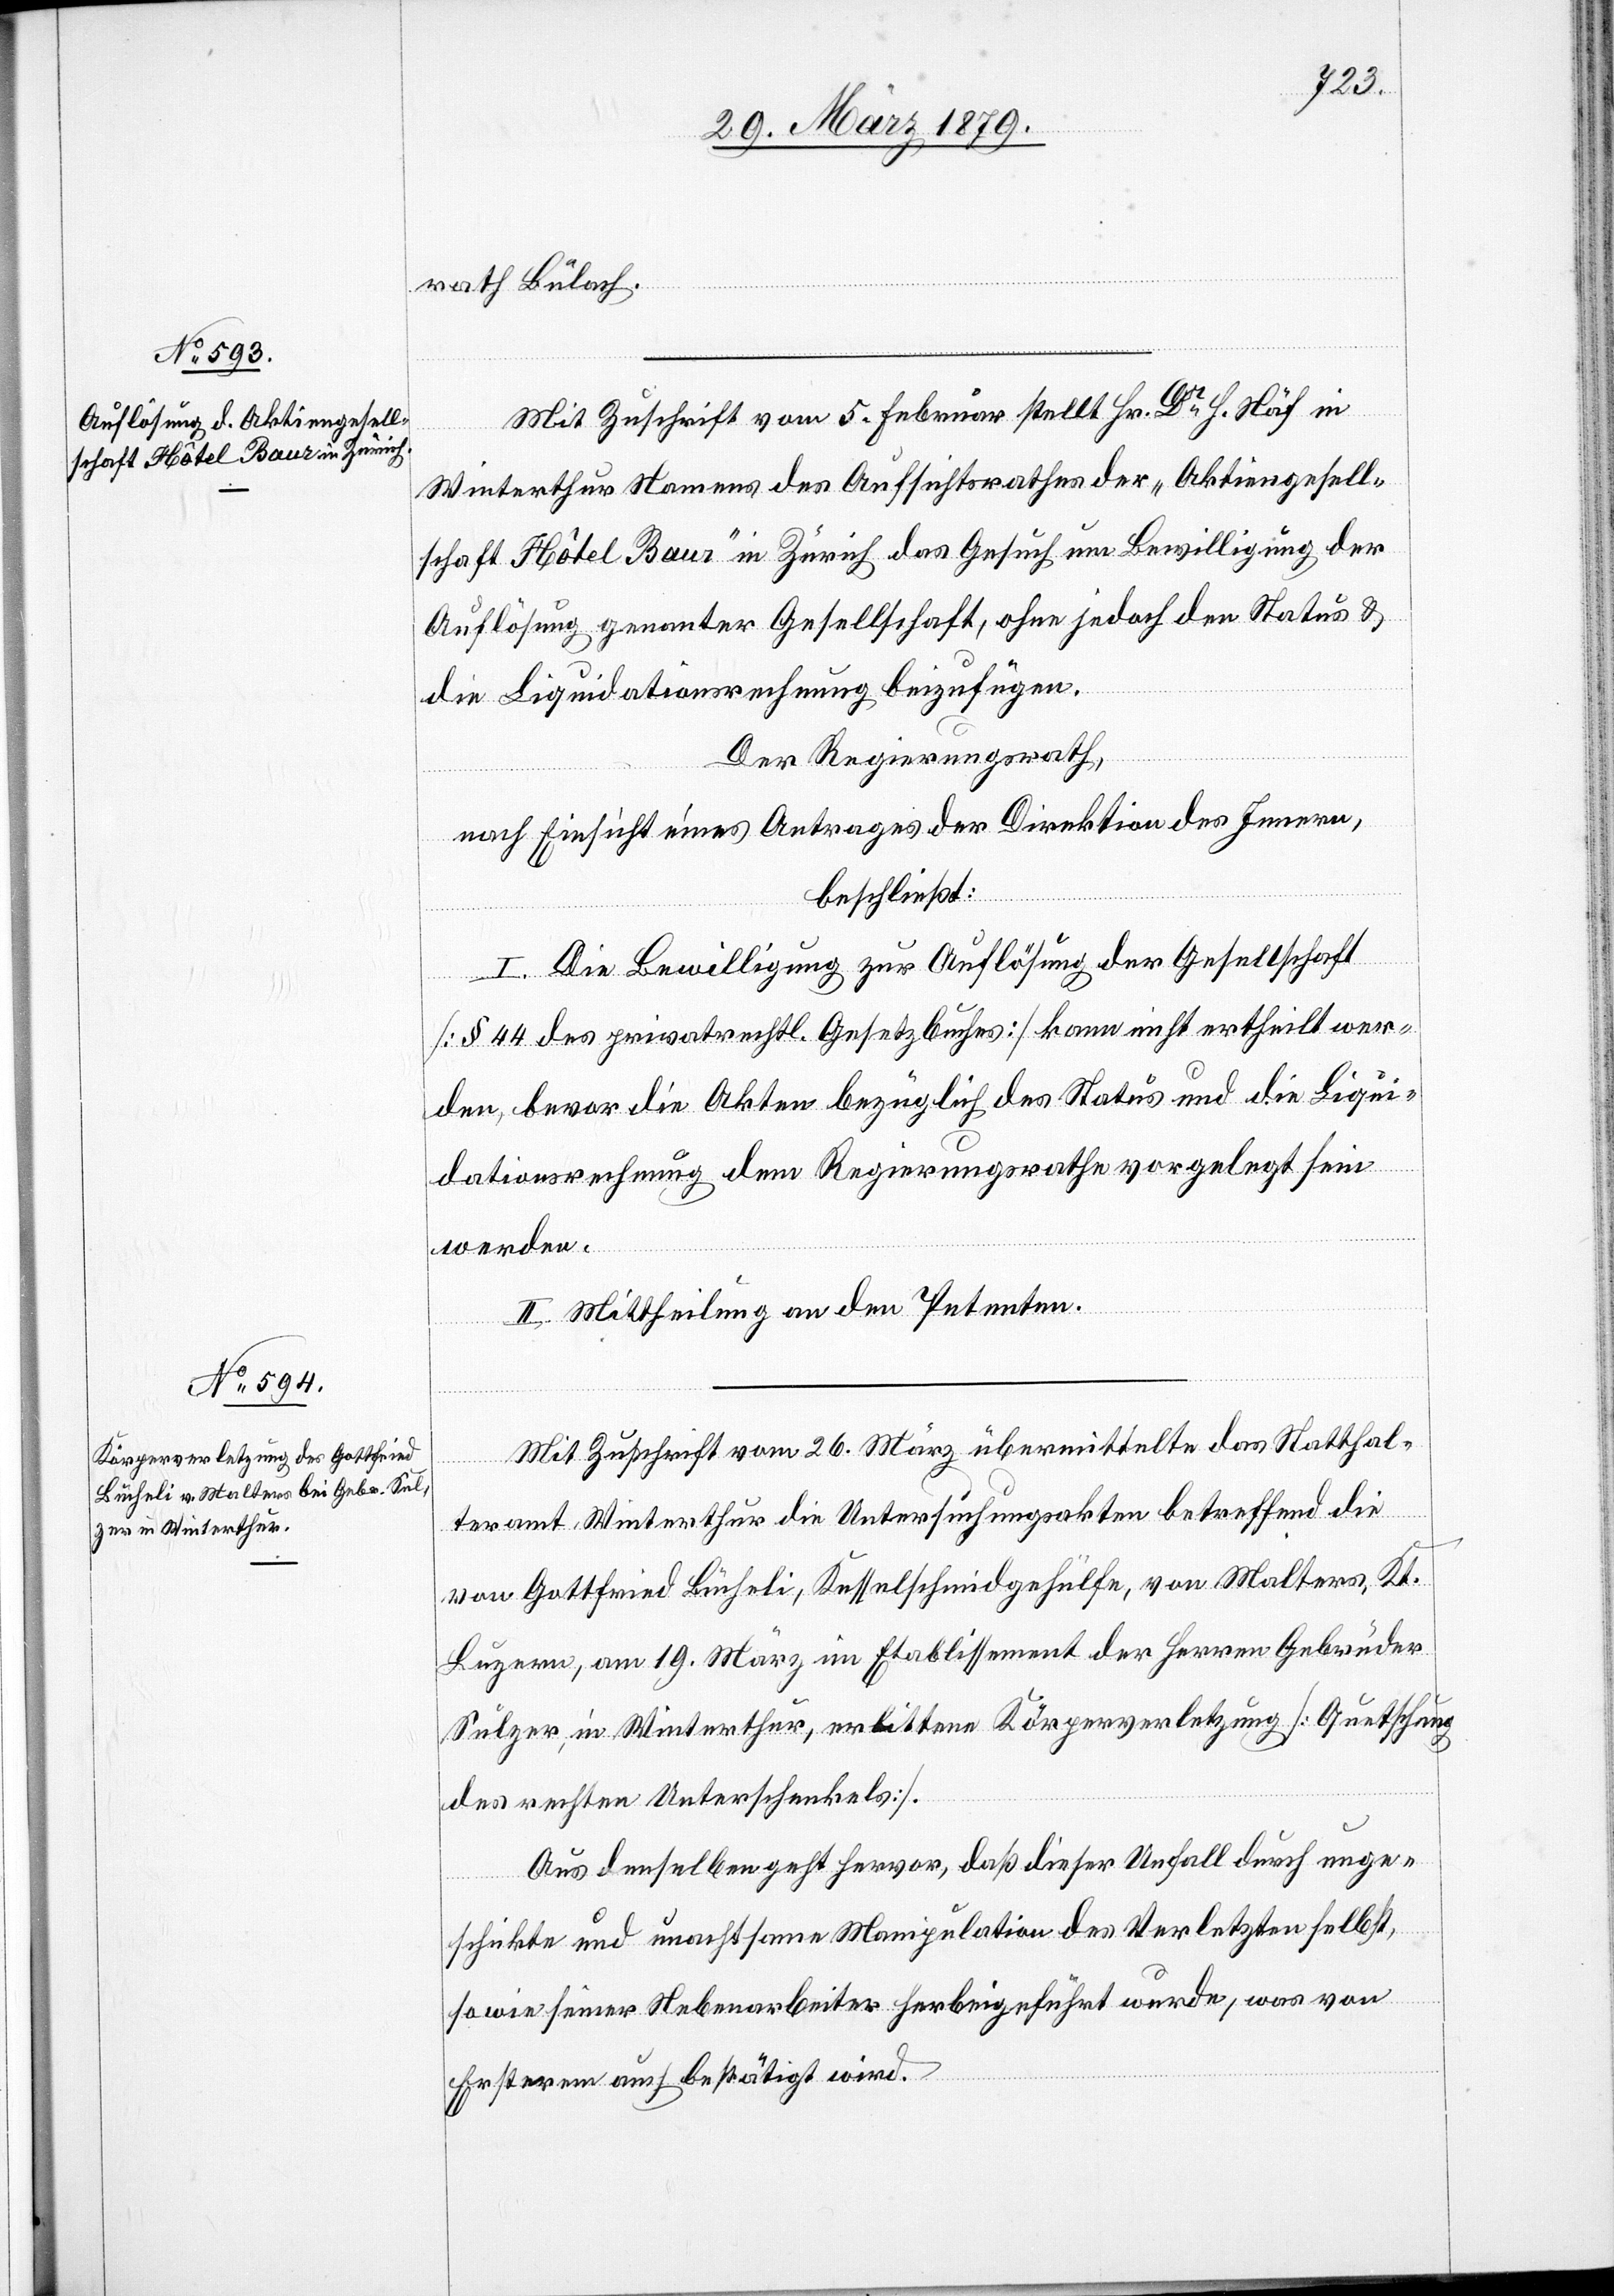
rath Bülach.
Mit Zuschrift vom 5. Februar stellt Hr. Dr H. Näf in
Winterthur Namens des Aufsichtsrathes der „Aktiengesell¬
schaft Hôtel Baur“ in Zürich das Gesuch um Bewilligung der
Auflösung genanter [sic!] Gesellschaft, ohne jedoch den Status &
die Liquidationsrechnung beizufügen.
Der Regierungsrath,
nach Einsicht eines Antrages der Direktion des Innern,
beschließt:
I. Die Bewilligung zur Auflösung der Gesellschaft
[§ 44 des privatrechtl. Gesetzbuches] kann nicht ertheilt wer¬
den, bevor die Akten bezüglich des Status und die Liqui¬
dationsrechnung dem Regierungsrathe vorgelegt sein
werden.
II. Mittheilung an den Petenten.
Mit Zuschrift vom 26. März übermittelte das Statthal¬
teramt Winterthur die Untersuchungsakten betreffend die
von Gottfried Bücheli, Kesselschmidgehülfe, von Malters, Kt.
Luzern, am 19. März im Etablissement der Herren Gebrüder
Sulzer, in Winterthur, erlittene Körperverletzung [Quetschung
des rechten Unterschenkels].
Aus denselben geht hervor, daß dieser Unfall durch unge¬
schickte und unachtsame Manipulation des Verletzten selbst,
sowie seiner Nebenarbeiter herbeigeführt wurde, was von
Ersterem auch bestätigt wird.